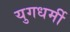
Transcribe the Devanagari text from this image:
युगधर्मी